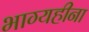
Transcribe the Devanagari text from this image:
भाग्यहीना